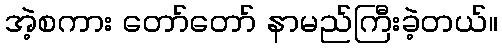
အဲ့စကား တော်တော် နာမည်ကြီးခဲ့တယ်။